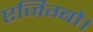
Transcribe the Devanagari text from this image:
एजिग्बो।